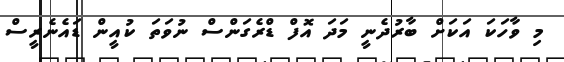
މި ވާހަކަ އަކަށް ބާރުދެނީ މަދަ އޮފް ޑްރެގަންސް ނުވަތަ ކުއީން ޑައެނެރީސް